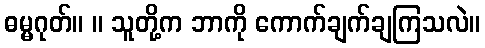
ဓမ္မဂုတ်။ ။ သူတို့က ဘာကို ကောက်ချက်ချကြသလဲ။